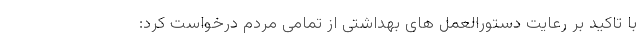
با تاکید بر رعایت دستورالعمل های بهداشتی از تمامی مردم درخواست کرد: